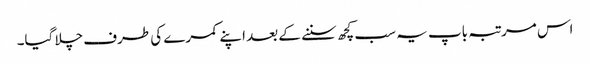
اس مرتبہ باپ یہ سب کچھ سننے کے بعد اپنے کمرے کی طرف چلا گیا۔